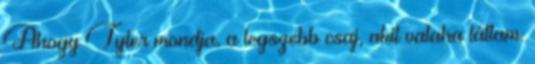
Ahogy Tyler mondja, a legszebb csaj, akit valaha láttam: